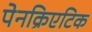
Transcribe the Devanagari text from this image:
पेनक्रिएटिक